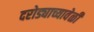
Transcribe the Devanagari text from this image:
दरोड्याच्यावेळी